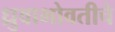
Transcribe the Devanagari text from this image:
ध्रुवाभोवतीचे